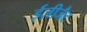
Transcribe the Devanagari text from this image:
ईज़ीजैट